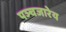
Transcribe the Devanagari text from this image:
पञ्चजारेय